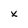
Character: X